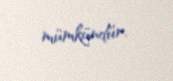
mümkündür.